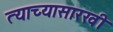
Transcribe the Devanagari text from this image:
त्याच्यासारखी